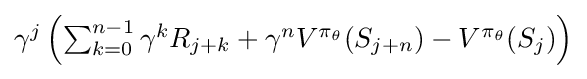
{\textstyle \gamma ^{j}\left(\sum _{k=0}^{n-1}\gamma ^{k}R_{j+k}+\gamma ^{n}V^{\pi _{\theta }}(S_{j+n})-V^{\pi _{\theta }}(S_{j})\right)}